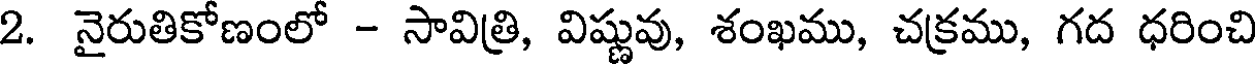
2. నైరుతికోణంలో - సావిత్రి, విష్ణువు, శంఖము, చక్రము, గద ధరించి